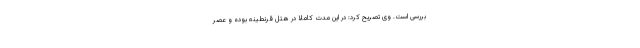
بررسی است. وی تصریح کرد: در این مدت کاملا در هتل قرنطینه بوده و عصر